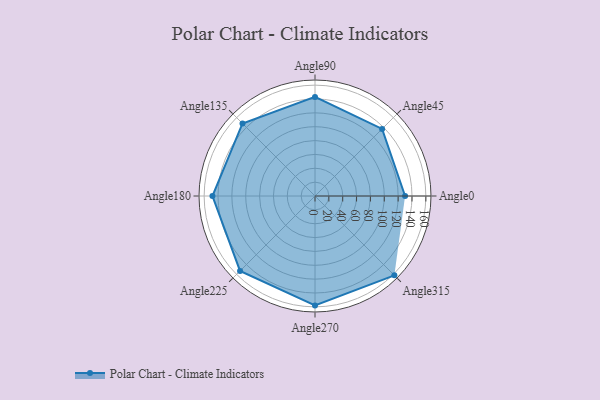
{"axis": {"x": "Angle", "y": "Radius"}, "legend": [""], "data": [{"x": "Angle0", "y": 130.0, "type": ""}, {"x": "Angle45", "y": 137.0, "type": ""}, {"x": "Angle90", "y": 143.0, "type": ""}, {"x": "Angle135", "y": 148.0, "type": ""}, {"x": "Angle180", "y": 148.0, "type": ""}, {"x": "Angle225", "y": 153.0, "type": ""}, {"x": "Angle270", "y": 158.0, "type": ""}, {"x": "Angle315", "y": 162.0, "type": ""}]}